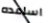
اساعده